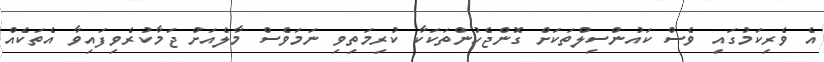
އެ ވެރިކަމުގައި ވެސް ކައުންސިލްތަކަށް ގޮންޖެހުންތަކަކާ ކުރިމަތިވި ނަމަވެސް މާލެއަށް ޖަމާކުރެވިފައިވާ އެތަކެއް